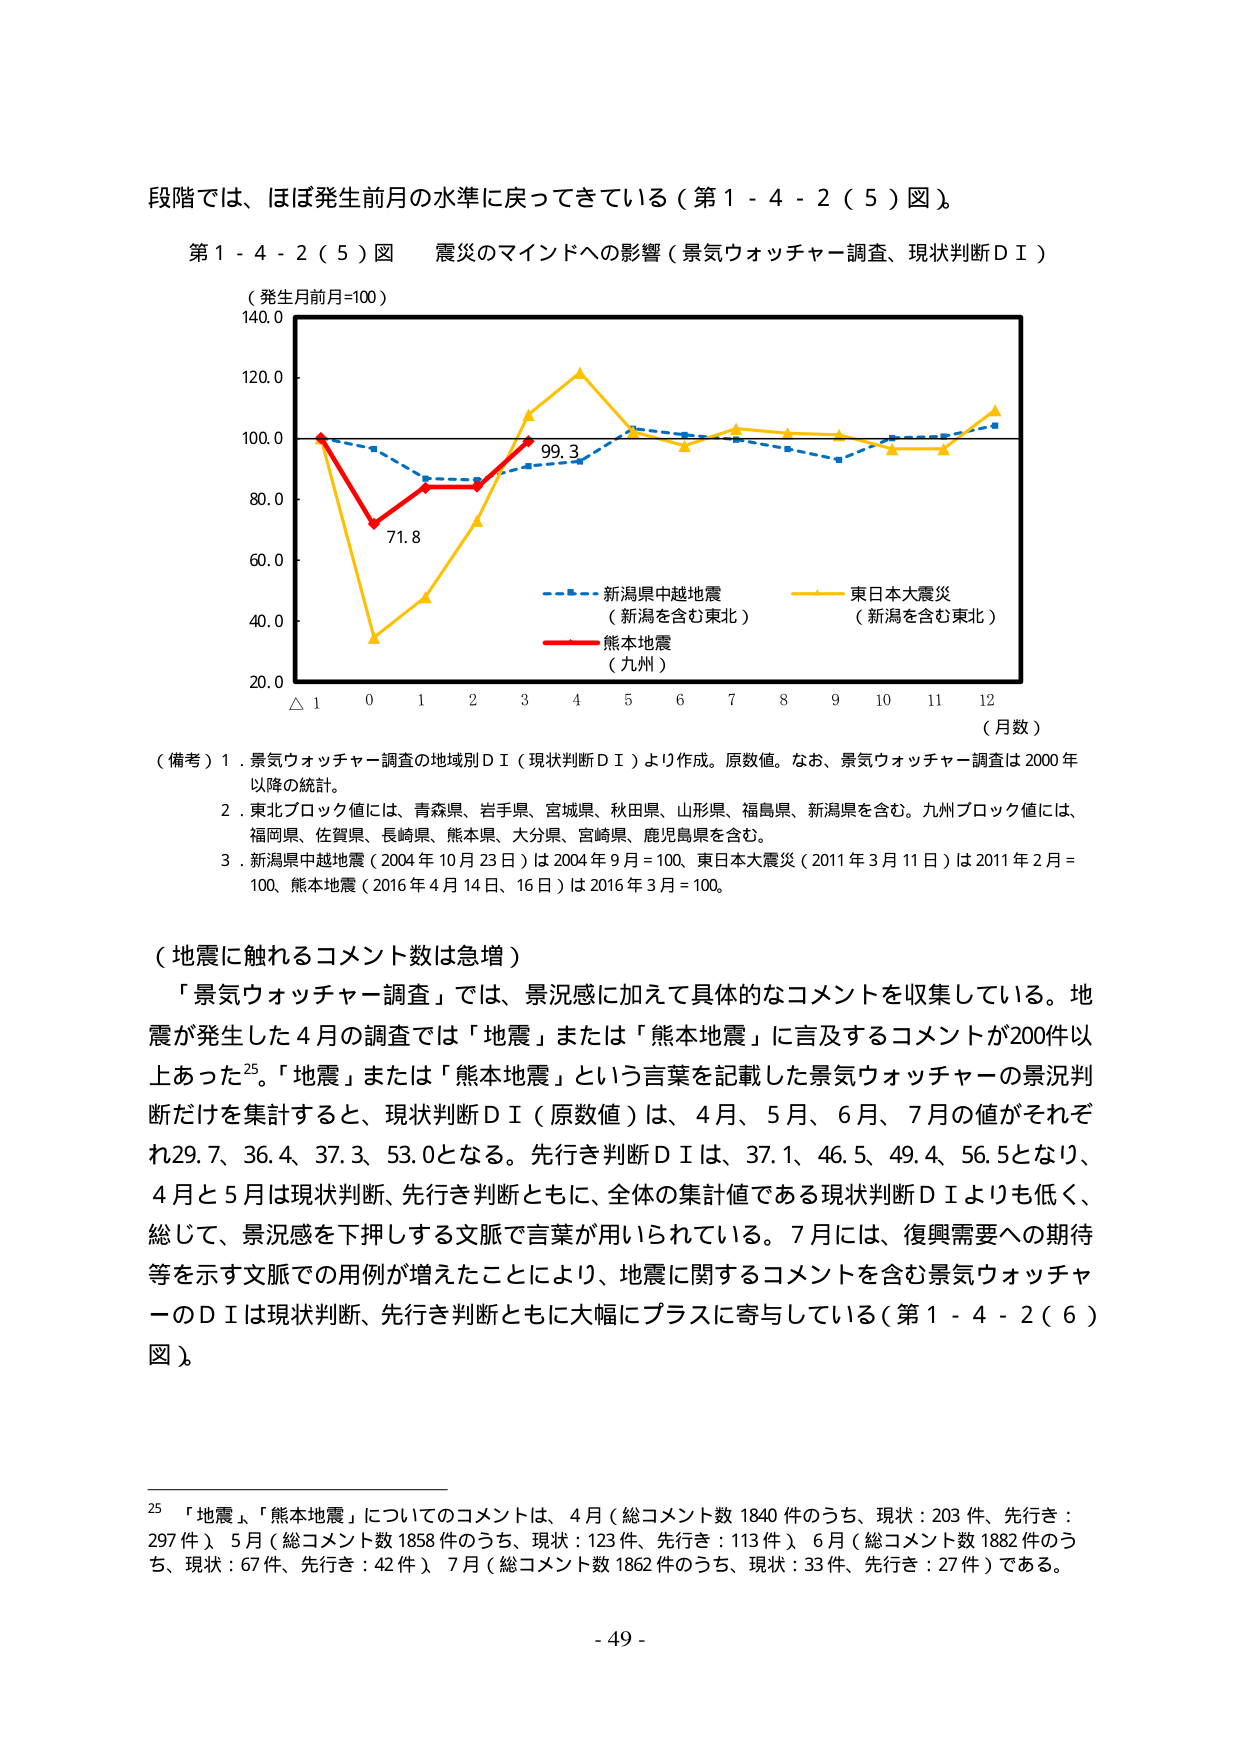
段階では、ほぼ発生前月の水準に戻ってきている（第1-4-2（5）図）。

第1-4-2（5）図 震災のマインドへの影響（景気ウォッチャー調査、現状判断ＤＩ）

（発生月前月=100）
140.0
120.0
100.0
80.0
60.0
40.0
20.0
△1 0 1 2 3 4 5 6 7 8 9 10 11 12 （月数）

--- 新潟県中越地震 （新潟を含む東北）
--- 東日本大震災 （新潟を含む東北）
--- 熊本地震 （九州）

（備考）1．景気ウォッチャー調査の地域別ＤＩ（現状判断ＤＩ）より作成。原数値。なお、景気ウォッチャー調査は2000年以降の統計。
2．東北ブロック値には、青森県、岩手県、宮城県、秋田県、山形県、福島県、新潟県を含む。九州ブロック値には、福岡県、佐賀県、長崎県、熊本県、大分県、宮崎県、鹿児島県を含む。
3．新潟県中越地震（2004年10月23日）は2004年9月=100、東日本大震災（2011年3月11日）は2011年2月=100、熊本地震（2016年4月14日、16日）は2016年3月=100。

（地震に触れるコメント数は急増）
「景気ウォッチャー調査」では、景況感に加えて具体的なコメントを収集している。地震が発生した4月の調査では「地震」または「熊本地震」に言及するコメントが200件以上あった25。「地震」または「熊本地震」という言葉を記載した景気ウォッチャーの景況判断だけを集計すると、現状判断ＤＩ（原数値）は、4月、5月、6月、7月の値がそれぞれ29.7、36.4、37.3、53.0となる。先行き判断ＤＩは、37.1、46.5、49.4、56.5となり、4月と5月は現状判断、先行き判断ともに、全体の集計値である現状判断ＤＩよりも低く、総じて、景況感を下押しする文脈で言葉が用いられている。7月には、復興需要への期待等を示す文脈での用例が増えたことにより、地震に関するコメントを含む景気ウォッチャーのＤＩは現状判断、先行き判断ともに大幅にプラスに寄与している（第1-4-2（6）図）。

25 「地震」、「熊本地震」についてのコメントは、4月（総コメント数1840件のうち、現状：203件、先行き：297件）、5月（総コメント数1858件のうち、現状：123件、先行き：113件）、6月（総コメント数1882件のうち、現状：67件、先行き：42件）、7月（総コメント数1862件のうち、現状：33件、先行き：27件）である。

- 49 -